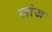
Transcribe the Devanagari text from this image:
लांज